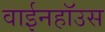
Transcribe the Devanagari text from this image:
वाईनहॉउस